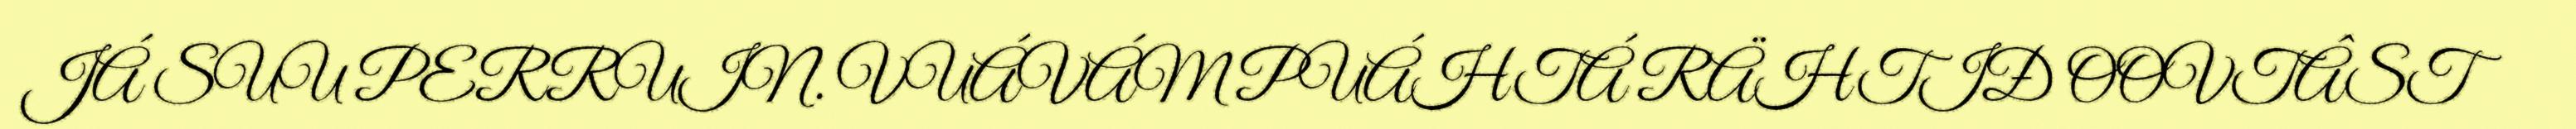
JÁ SUU PERRUIN. VUÁVÁM PUÁHTÁ RÄHTIĐ OOVTÂST